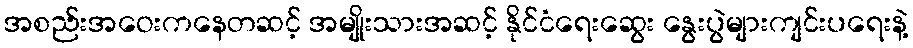
အစည်းအဝေးကနေတဆင့် အမျိုးသားအဆင့် နိုင်ငံရေးဆွေး နွေးပွဲများကျင်းပရေးနဲ့